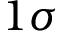
1 \sigma